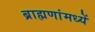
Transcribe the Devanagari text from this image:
ब्राह्मणांमध्यें